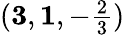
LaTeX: ({\mathbf{3}},\mathbf{1},-\textstyle{\frac{2}{3}})